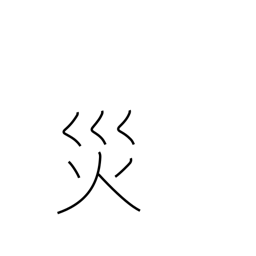
Meaning: curse